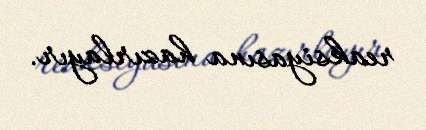
reaksiyasına hazırlayır.